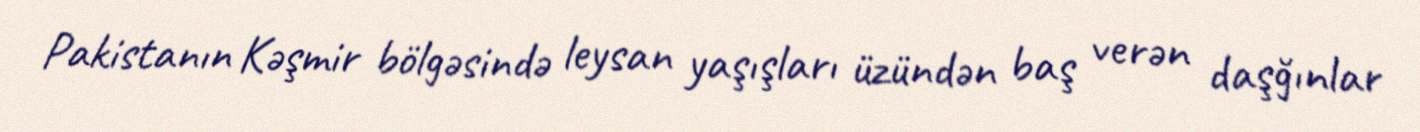
Pakistanın Kəşmir bölgəsində leysan yaşışları üzündən baş verən daşğınlar